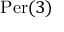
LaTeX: { \mathrm { P e r } } ( 3 )